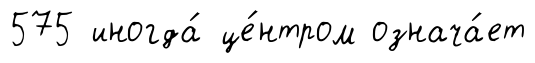
575 иногда́ це́нтром означа́ет